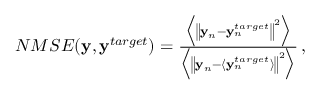
\begin{array} { r } { N M S E ( { \bf y } , { \bf y } ^ { t a r g e t } ) = \frac { \Bigl \langle \left\Vert { \bf y } _ { n } - { \bf y } _ { n } ^ { t a r g e t } \right\Vert ^ { 2 } \Bigl \rangle } { \Bigl \langle \left\Vert { \bf y } _ { n } - \langle { \bf y } _ { n } ^ { t a r g e t } \rangle \right\Vert ^ { 2 } \Bigl \rangle } \, , } \end{array}